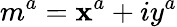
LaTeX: m^{a}=\mathbf{x}^{a}+iy^{a}